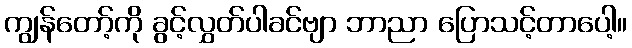
ကျွန်တော့်ကို ခွင့်လွှတ်ပါခင်ဗျာ ဘာညာ ပြောသင့်တာပေါ့။